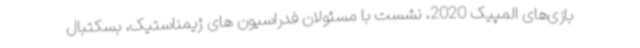
بازی‌های المپیک 2020، نشست با مسئولان فدراسیون های ژیمناستیک، بسکتبال